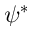
\psi ^ { * }